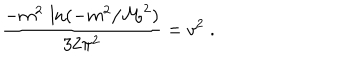
\frac { - m ^ { 2 } \, \ln ( - m ^ { 2 } / { \cal M } ^ { 2 } ) } { 3 2 \pi ^ { 2 } } = v ^ { 2 } \; .